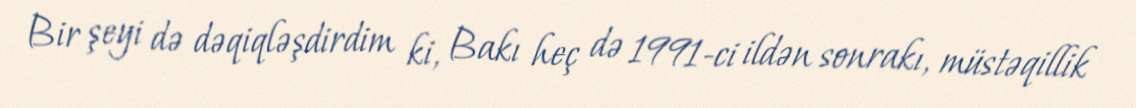
Bir şeyi də dəqiqləşdirdim ki, Bakı heç də 1991-ci ildən sonrakı, müstəqillik